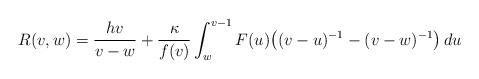
LaTeX: \begin{align*}R(v,w)=\frac{hv}{v-w}+\frac{\kappa}{f(v)}\int_w^{v-1}F(u)\big((v-u)^{-1}-(v-w)^{-1}\big)\,du\end{align*}